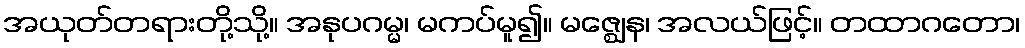
အယုတ်တရားတို့သို့။ အနုပဂမ္မ၊ မကပ်မူ၍။ မဇ္ဈေန၊ အလယ်ဖြင့်။ တထာဂတော၊